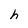
Character: h